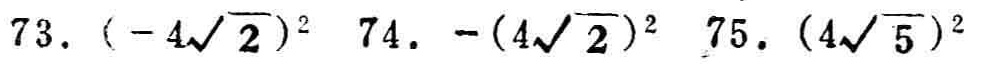
$73.\ (-4\sqrt{2})^{2}\ 74.\ -(4\sqrt{2})^{2}\ 75.\ (4\sqrt{5})^{2}$